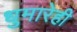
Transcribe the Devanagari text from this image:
धुमारेही